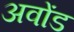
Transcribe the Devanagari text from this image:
अवोंड